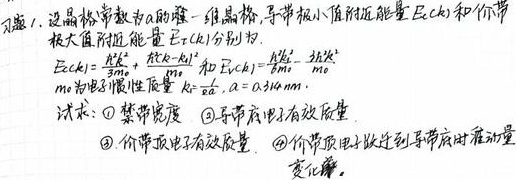
习题1. 设晶格常数为\(a\)的一维晶格，导带极小值附近能量 \(E_c(k)\) 和价带极大值附近能量 \(E_v(k)\) 分别为：
\(E_c(k)=\frac{\hbar^{2}k_{0}^{2}}{2m_0}+\frac{\hbar^{2}(k - k_0)^{2}}{m_0}\) 和 \(E_v(k)=\frac{\hbar^{2}k^{2}}{2m_0}\)。
其中\(m_0\)为电子惯性质量，\(k_0 = \frac{\pi}{2a}\)，\(a = 0.314nm\)。试求：
\textcircled{1} 禁带宽度
\textcircled{2} 导带底电子有效质量
\textcircled{3} 价带顶电子有效质量
\textcircled{4} 价带顶电子跃迁到导带底时准动量变化量。